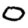
Digit: 0